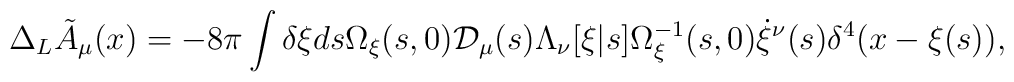
\Delta_L{\tilde A}_\mu(x) = - 8\pi \int \delta \xi ds \Omega_\xi(s,0)   {\cal D}_\mu(s) \Lambda_\nu[\xi|s] \Omega^{-1}_\xi(s,0)   \dot{\xi}^\nu(s) \delta^4(x-\xi(s)),